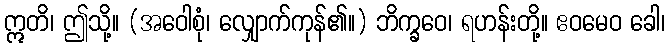
ဣတိ၊ ဤသို့။ (အဝေါစုံ၊ လျှောက်ကုန်၏။) ဘိက္ခဝေ၊ ရဟန်းတို့။ ဧဝမေဝ ခေါ၊